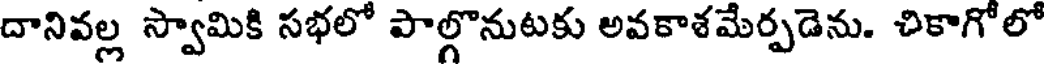
దానివల్ల స్వామికి సభలో పాల్గొనుటకు అవకాశమేర్పడెను. చికాగోలో